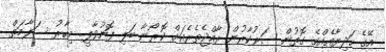
އޭގެ ހަދިޔާއެއްގެ ގޮތުން ސަރުކާރުން ރާއްޖެތެރެއަށް ކޮރޯނާ ބަލި ފޮނުވާލީ. މިހާރު ސަލާމަތް